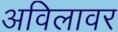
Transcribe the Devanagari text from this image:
अविलावर